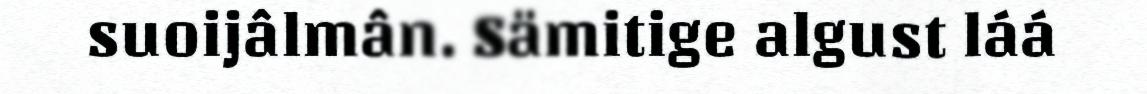
suoijâlmân. Sämitige algust láá